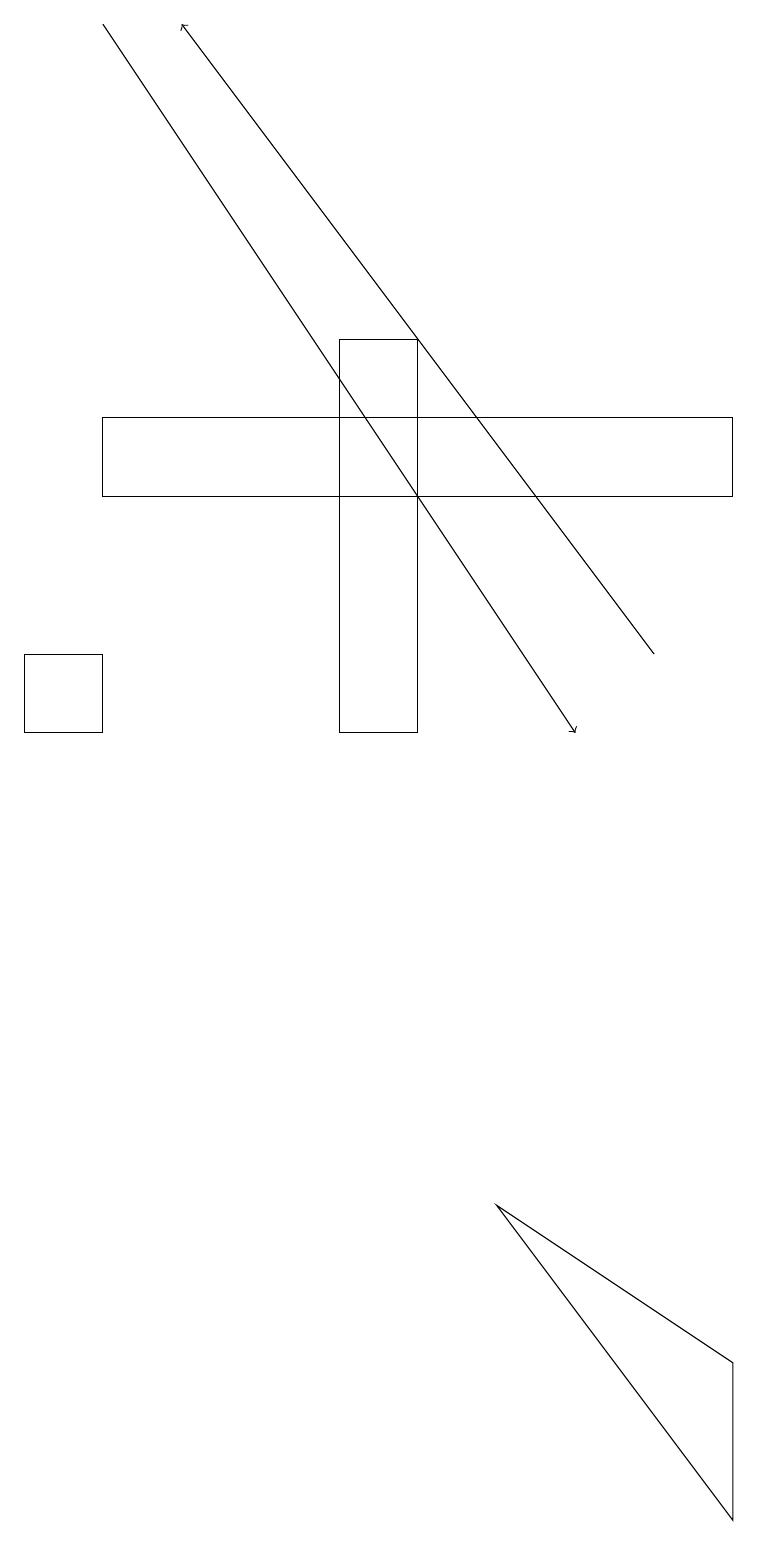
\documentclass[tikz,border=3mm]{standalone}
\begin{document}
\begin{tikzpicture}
\draw (4,10) rectangle (5,15);
\draw (6,4) -- (9,0) -- (9,2) -- cycle;
\draw (1,10) rectangle (0,11);
\draw[->] (1,19) -- (7,10);
\draw (1,14) rectangle (9,13);
\draw[->] (8,11) -- (2,19);
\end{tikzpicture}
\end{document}